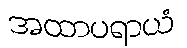
အထာပရာယံ